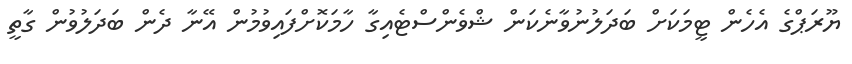
ޔޫރަޕްގެ އެހެން ޓީމަކަށް ބަދަލުނުވާނެކަން ޝްވެންސްޓެއިގާ ހާމަކޮށްފައިވުމުން އޭނާ ދެން ބަދަލުވުން ގާތީ